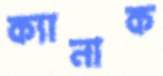
ক্যানাক